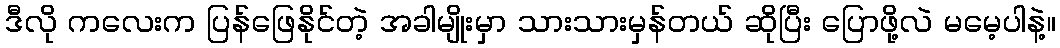
ဒီလို ကလေးက ပြန်ဖြေနိုင်တဲ့ အခါမျိုးမှာ သားသားမှန်တယ် ဆိုပြီး ပြောဖို့လဲ မမေ့ပါနဲ့။